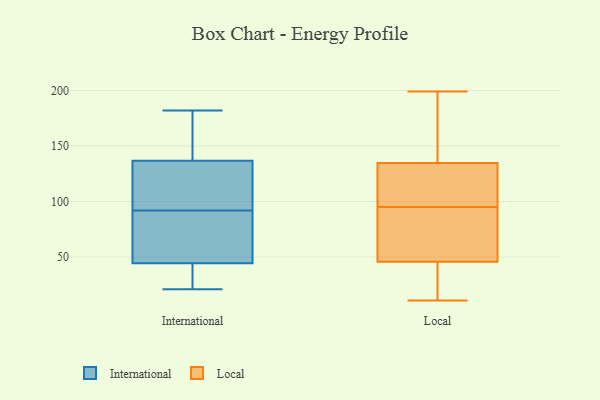
{"axis": {"x": "Bounce Rate (%)", "y": "Value"}, "legend": ["International", "Local"], "data": [{"x": "", "y": 80, "type": "International"}, {"x": "", "y": 21, "type": "International"}, {"x": "", "y": 49, "type": "International"}, {"x": "", "y": 104, "type": "International"}, {"x": "", "y": 119, "type": "International"}, {"x": "", "y": 92, "type": "International"}, {"x": "", "y": 21, "type": "International"}, {"x": "", "y": 25, "type": "International"}, {"x": "", "y": 172, "type": "International"}, {"x": "", "y": 124, "type": "International"}, {"x": "", "y": 182, "type": "International"}, {"x": "", "y": 43, "type": "International"}, {"x": "", "y": 92, "type": "International"}, {"x": "", "y": 141, "type": "International"}, {"x": "", "y": 178, "type": "International"}, {"x": "", "y": 55, "type": "Local"}, {"x": "", "y": 95, "type": "Local"}, {"x": "", "y": 45, "type": "Local"}, {"x": "", "y": 28, "type": "Local"}, {"x": "", "y": 146, "type": "Local"}, {"x": "", "y": 65, "type": "Local"}, {"x": "", "y": 46, "type": "Local"}, {"x": "", "y": 164, "type": "Local"}, {"x": "", "y": 126, "type": "Local"}, {"x": "", "y": 166, "type": "Local"}, {"x": "", "y": 31, "type": "Local"}, {"x": "", "y": 57, "type": "Local"}, {"x": "", "y": 199, "type": "Local"}, {"x": "", "y": 131, "type": "Local"}, {"x": "", "y": 107, "type": "Local"}, {"x": "", "y": 11, "type": "Local"}, {"x": "", "y": 129, "type": "Local"}]}